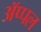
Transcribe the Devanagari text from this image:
ॲप्पल